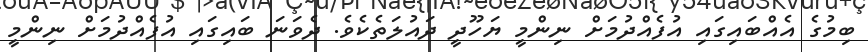
ބިމުގެ އެއްބައިގައި އުފެއްދުމަށް ނިންމީ ޔަހޫދީ ދައުލަތެކެވެ. ދެވަނަ ބައިގައި އުފެއްދުމަށް ނިންމީ